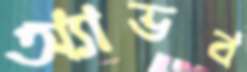
অ্যাভব